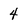
Character: 4